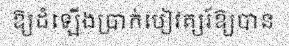
ឱ្យដំឡើងប្រាក់បៀវត្សរ៍ឱ្យបាន